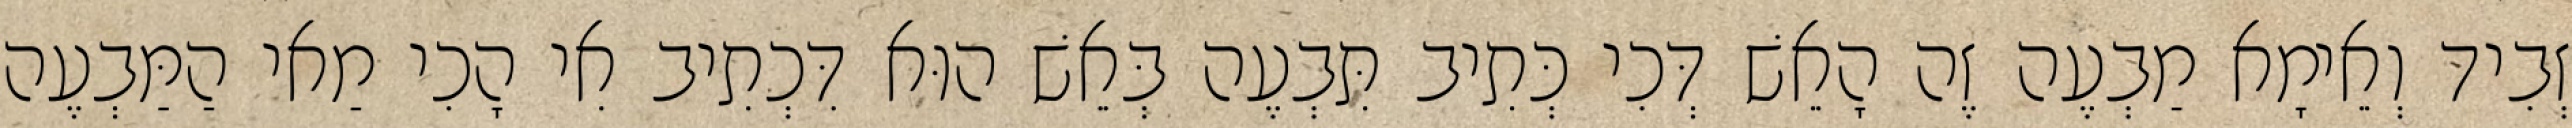
זְבִיד וְאֵימָא מַבְעֶה זֶה הָאֵשׁ דְּכִי כְּתִיב תִּבְעֶה בְּאֵשׁ הוּא דִּכְתִיב אִי הָכִי מַאי הַמַּבְעֶה